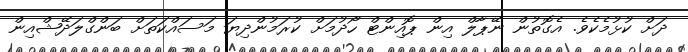
ދަށް ކުޅުމެކެވެ. އެގޮތުން ނޭޕާލް އިން ޕޮއިންޓް ހޯދުމަށް ކުރަމުންދިޔަ މަސައްކަތަށް ބަންގްލަދޭޝްއިން